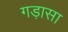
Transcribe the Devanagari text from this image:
गड़ासा